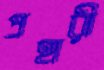
প্রহারী